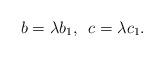
LaTeX: \begin{align*} b = \lambda b_1, \,\,\, c = \lambda c_1. \end{align*}